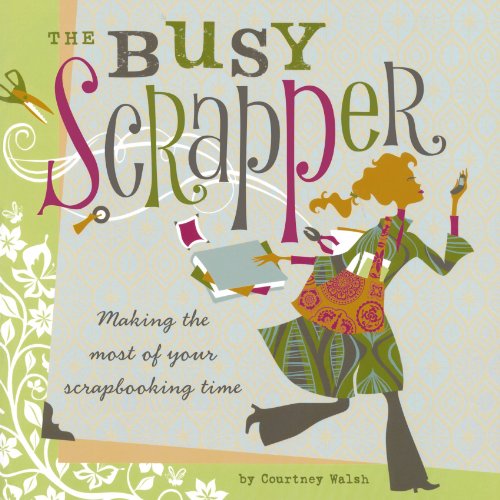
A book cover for The Busy Scrapper: Making The Most Of Your Scrapbooking Time; Courtney Walsh; Crafts, Hobbies & Home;